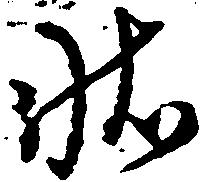
状